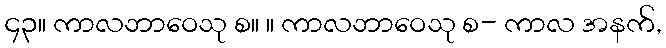
၄၃။ ကာလဘာဝေသု စ။ ။ ကာလဘာဝေသု စ- ကာလ အနက်,